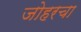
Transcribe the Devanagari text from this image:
जोहरचा